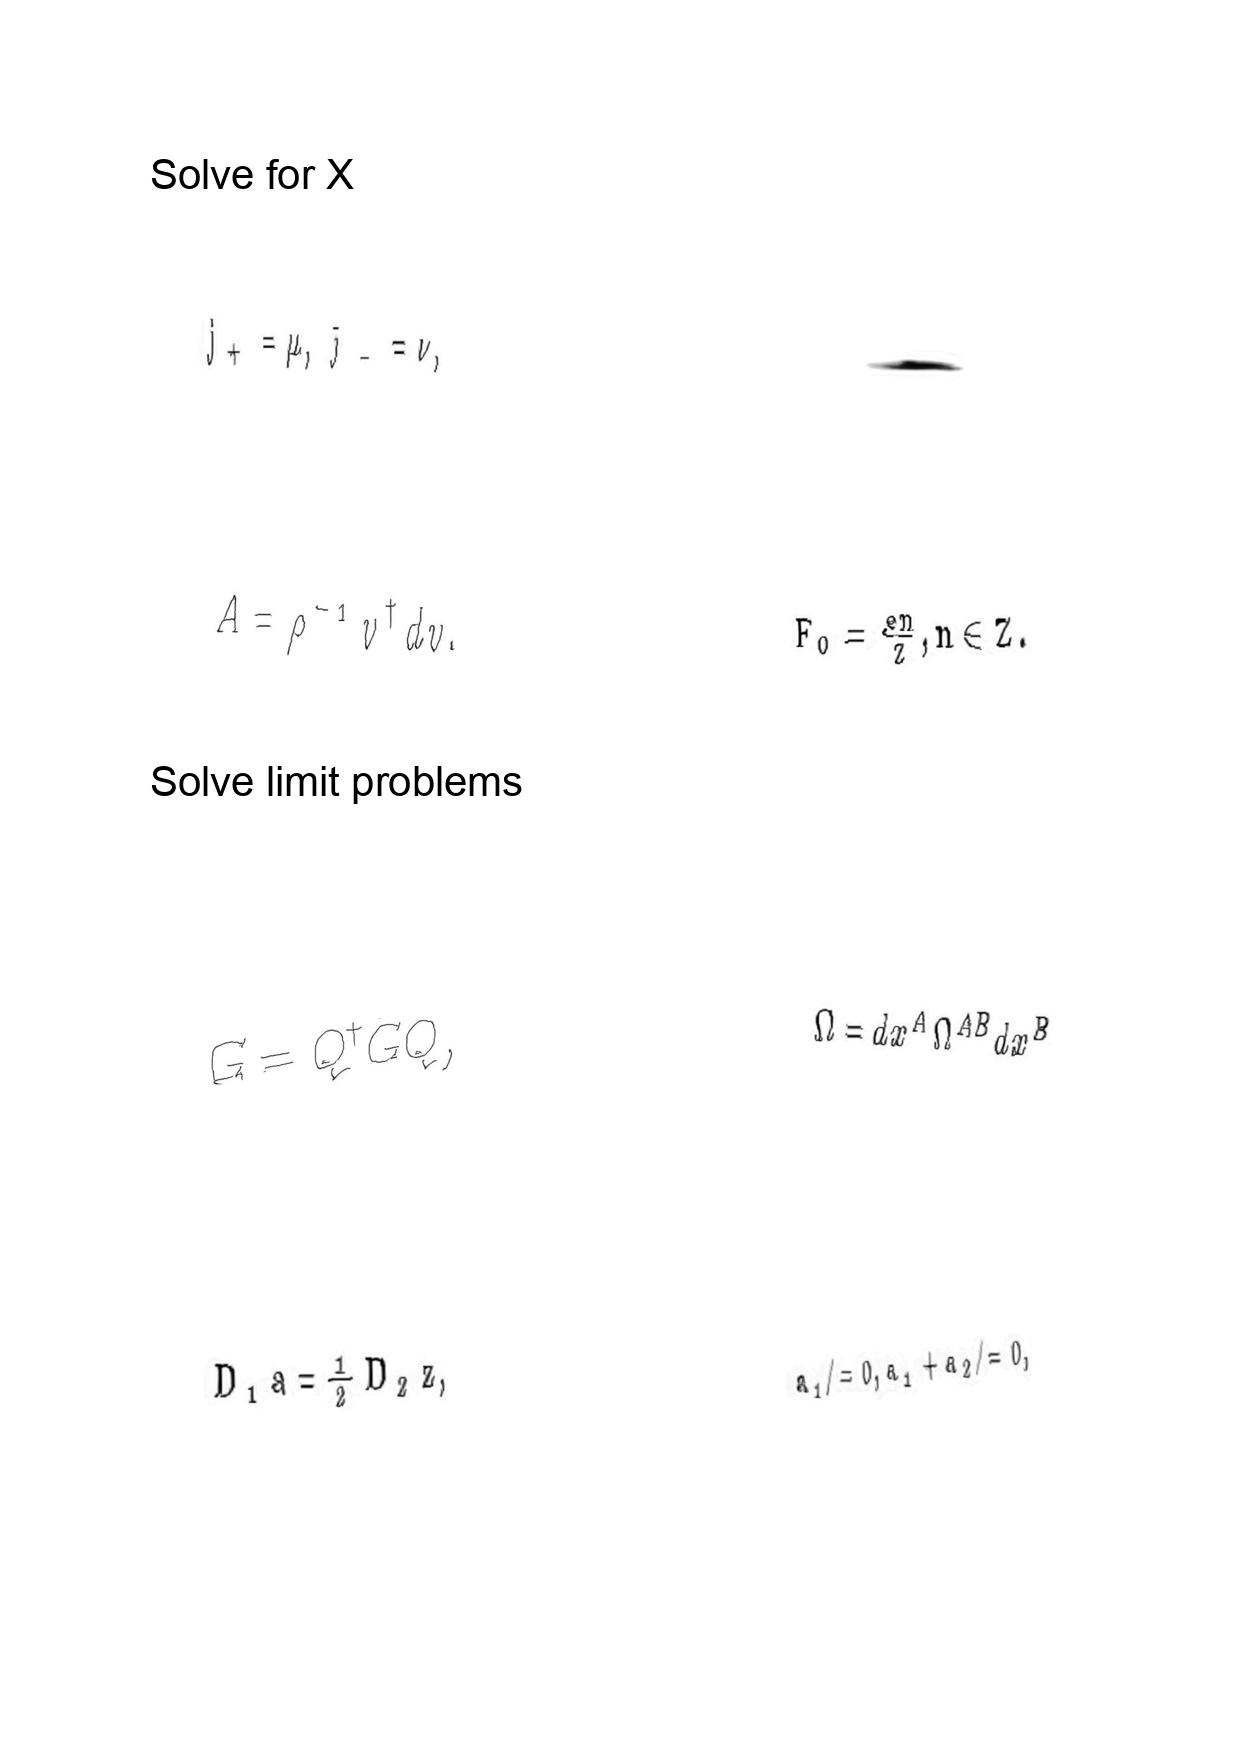
LaTeX transcription:
j _ { + } = \mu , \bar { \jmath } _ { - } = \nu ,
A = \rho ^ { - 1 } v ^ { \dagger } d v .
G = Q ^ { \dagger } \bar { G } Q ,
D _ { 1 } a = \frac { 1 } { 2 } D _ { 2 } z ,
.
F _ { 0 } = \frac { e n } { Z } , n \in Z .
\Omega = d x ^ { A } \Omega ^ { A B } d x ^ { B }
a _ { 1 } \neq 0 , a _ { 1 } + a _ { 2 } \neq 0 ,